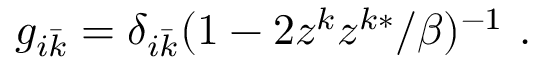
g _ { i \bar { k } } = \delta _ { i \bar { k } } ( 1 - 2 z ^ { k } z ^ { k * } / \beta ) ^ { - 1 } \ .